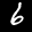
Label: 6